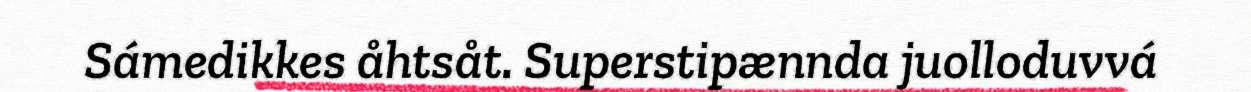
Sámedikkes åhtsåt. Superstipænnda juolloduvvá